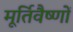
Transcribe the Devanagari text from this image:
मूर्तिवैष्णों